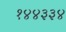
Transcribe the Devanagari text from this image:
१४४३३४